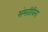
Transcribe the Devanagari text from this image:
संमतीविना